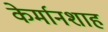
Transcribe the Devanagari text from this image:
केर्मानशाह